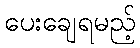
ပေးချေရမည့်